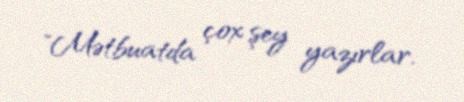
"Mətbuatda çox şey yazırlar.